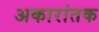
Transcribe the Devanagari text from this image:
अकारांतक